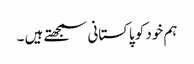
ہم خود کو پاکستانی سمجھتے ہیں ۔